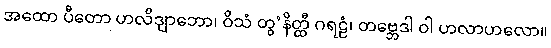
အထော ပီတော ဟလိဒျာဘော၊ ဝိသံ တွ’နိတ္ထီ ဂရဠံ၊ တဗ္ဘေဒါ ဝါ ဟလာဟလော။